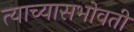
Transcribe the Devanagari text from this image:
त्याच्यासभोवती